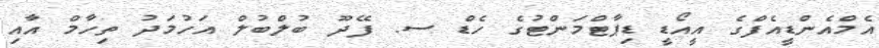
އެމްއެންޑީއެފްގެ އީއޯޑީ ޑިޕާޓްމަންޓުގެ ހެޑް ސ. ފޭދޫ ބުލްބުލް އަހުމަދު ތިހާމް އާއި